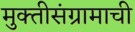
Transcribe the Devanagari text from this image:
मुक्तीसंग्रामाची